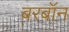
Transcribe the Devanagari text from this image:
बरबॉन